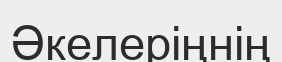
Әкелеріңнің